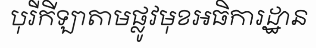
បុរីកីឡាតាមផ្លូវមុខអធិការដ្ឋាន